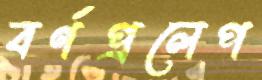
বর্ণপ্রলেপ